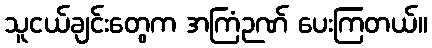
သူငယ်ချင်းတွေက အကြံဉဏ် ပေးကြတယ်။